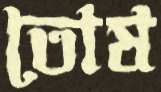
তোষ